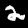
Label: 2